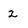
Character: z